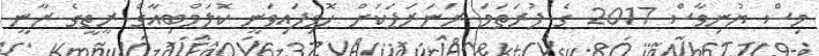
މިސް ޔުނިވާސް 2017 ގެ ފުރަތަމަ ރަނަރަޕަކަށް ހޮވިފައިވަނީ ކޮލަމްބިއާގެ ރީތީގެ ރާނީ